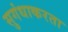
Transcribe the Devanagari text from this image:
सुगंधाकरता